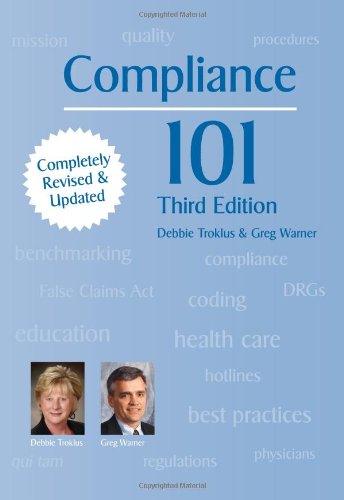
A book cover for Compliance 101, Third Edition; Debbie Troklus; Medical Books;